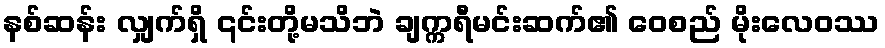
နစ်ဆန်း လျှက်ရှိ ၎င်းတို့မသိဘဲ ချက္ကရီမင်းဆက်၏ ဝေစည် မိုးလေဝဿ